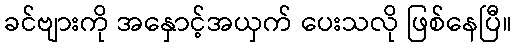
ခင်ဗျားကို အနှောင့်အယှက် ပေးသလို ဖြစ်နေပြီ။